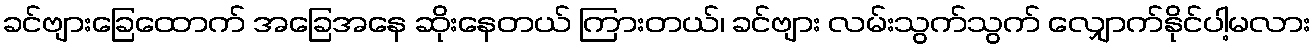
ခင်ဗျားခြေထောက် အခြေအနေ ဆိုးနေတယ် ကြားတယ်၊ ခင်ဗျား လမ်းသွက်သွက် လျှောက်နိုင်ပါ့မလား